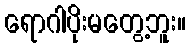
ရောဂါပိုးမတွေ့ဘူး။